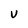
Character: V